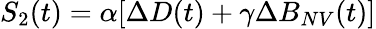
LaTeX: S_{2}(t)=\alpha[\Delta D(t)+\gamma\Delta B_{NV}(t)]